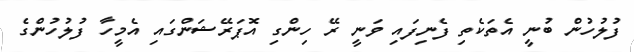
ފުލުހުން ބުނީ އެތަކެތި ފެނިފައި ވަނީ ރޭ ހިންގި އޮޕަރޭޝަންގައި އެމީހާ ފުލުހުންގެ